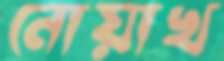
নোয়াখ